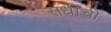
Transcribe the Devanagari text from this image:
संधींची